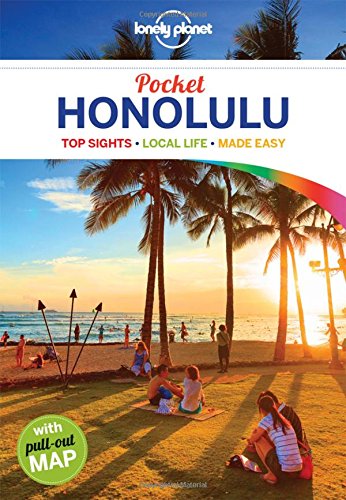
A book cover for Lonely Planet Pocket Honolulu (Travel Guide); Lonely Planet; Travel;